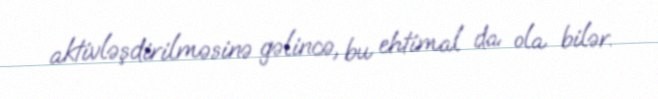
aktivləşdirilməsinə gəlincə, bu ehtimal da ola bilər.